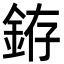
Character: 銌